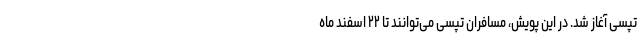
تپسی آغاز شد. در این پویش، مسافران تپسی می‌توانند تا ۲۲ اسفند ماه